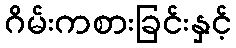
ဂိမ်းကစားခြင်းနှင့်